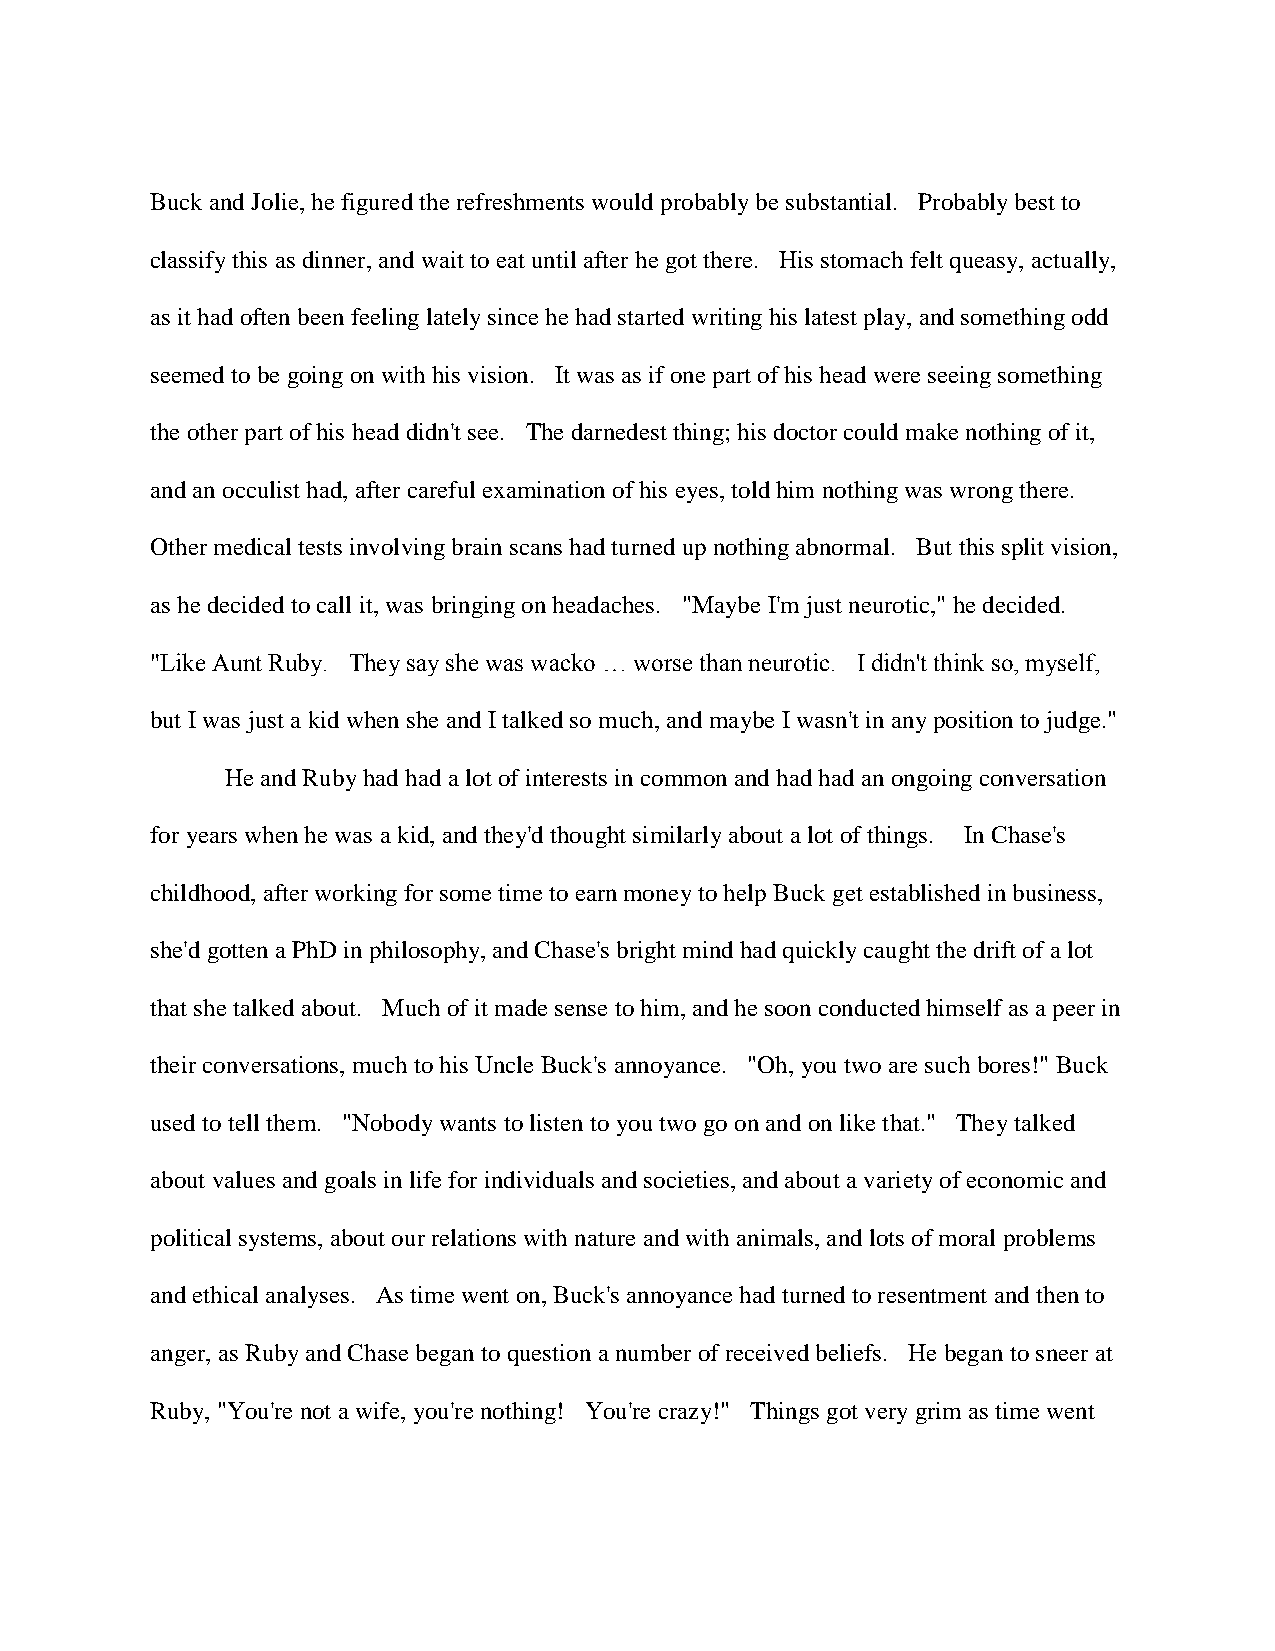
Buck and Jolie, he figured the refreshments would probably be substantial. Probably best to
 classify this as dinner, and wait to eat until after he got there. His stomach felt queasy, actually,
 as it had often been feeling lately since he had started writing his latest play, and something odd
 seemed to be going on with his vision. It was as if one part of his head were seeing something
 the other part of his head didn't see. The darnedest thing; his doctor could make nothing of it,
 and an occulist had, after careful examination of his eyes, told him nothing was wrong there.
 Other medical tests involving brain scans had turned up nothing abnormal. But this split vision,
 as he decided to call it, was bringing on headaches. "Maybe I'm just neurotic," he decided.
 "Like Aunt Ruby. They say she was wacko … worse than neurotic. I didn't think so, myself,
 but I was just a kid when she and I talked so much, and maybe I wasn't in any position to judge."
 He and Ruby had had a lot of interests in common and had had an ongoing conversation
 for years when he was a kid, and they'd thought similarly about a lot of things. In Chase's
 childhood, after working for some time to earn money to help Buck get established in business,
 she'd gotten a PhD in philosophy, and Chase's bright mind had quickly caught the drift of a lot
 that she talked about. Much of it made sense to him, and he soon conducted himself as a peer in
 their conversations, much to his Uncle Buck's annoyance. "Oh, you two are such bores!" Buck
 used to tell them. "Nobody wants to listen to you two go on and on like that." They talked
 about values and goals in life for individuals and societies, and about a variety of economic and
 political systems, about our relations with nature and with animals, and lots of moral problems
 and ethical analyses. As time went on, Buck's annoyance had turned to resentment and then to
 anger, as Ruby and Chase began to question a number of received beliefs. He began to sneer at
 Ruby, "You're not a wife, you're nothing! You're crazy!" Things got very grim as time went